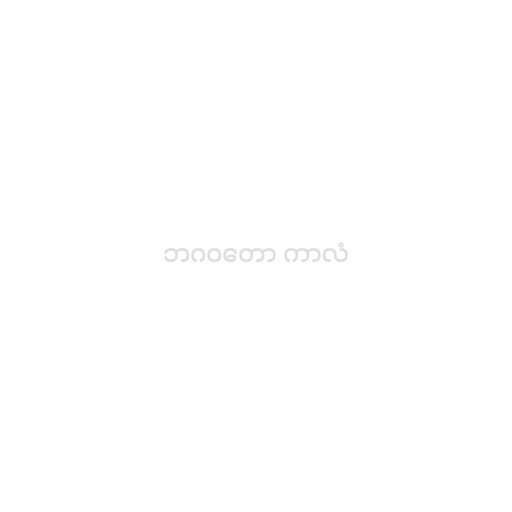
ဘဂဝတော ကာလံ